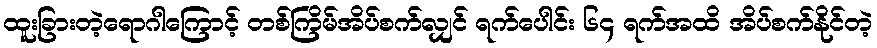
ထူးခြားတဲ့ရောဂါကြောင့် တစ်ကြိမ်အိပ်စက်လျှင် ရက်ပေါင်း ၆၄ ရက်အထိ အိပ်စက်နိုင်တဲ့